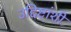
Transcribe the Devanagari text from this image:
उद्दिष्टांशी